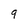
Character: 9